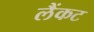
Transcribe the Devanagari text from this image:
लैंकट